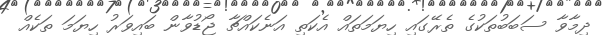
ދިމާވާ ސަބަބުތަކުގެ ތެރޭގައި ހިޔަމަތައް އެކަތި އަނެކައްޗާ ޖޯޑުވާން ބައިވަރު ހިޔަމަ ތަކެއް